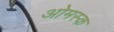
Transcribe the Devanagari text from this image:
ओमस्क